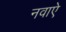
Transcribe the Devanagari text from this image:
नवाऐ